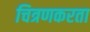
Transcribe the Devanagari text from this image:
चित्रणकरता